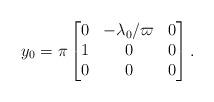
LaTeX: \begin{align*}y_0=\pi\begin{bmatrix} 0&-\lambda_0/\varpi &0\\1&0 & 0\\0&0&0\end{bmatrix}.\end{align*}